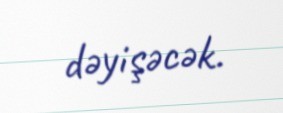
dəyişəcək.